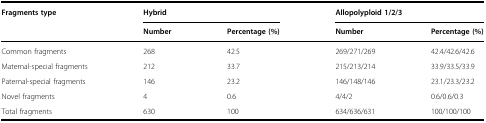
| <ROWSPAN=2> Fragments type | <COLSPAN=2> Hybrid | <COLSPAN=2> Allopolyploid 1/2/3 |
 | Number | Percentage (%) | Number | Percentage (%) |
 | --- | --- | --- | --- | --- |
 | Common fragments | 268 | 42.5 | 269/271/269 | 42.4/42.6/42.6 |
 | Maternal-special fragments | 212 | 33.7 | 215/213/214 | 33.9/33.5/33.9 |
 | Paternal-special fragments | 146 | 23.2 | 146/148/146 | 23.1/23.3/23.2 |
 | Novel fragments | 4 | 0.6 | 4/4/2 | 0.6/0.6/0.3 |
 | Total fragments | 630 | 100 | 634/636/631 | 100/100/100 |